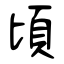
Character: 頃